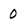
Character: O